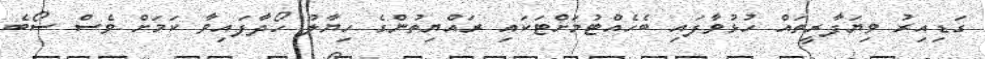
ގަޑިއިރު ވިޔަފާރީތައް ހުޅުވާފައި ބެހެއްޓުމަށްޓަކައި ރައްޔިތުންގެ ހިޔާލު ހޯދާފައިވާ ކަމަށް ވެސް ސޯބެ